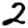
Digit: 2